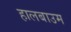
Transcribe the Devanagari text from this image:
हालबाउम